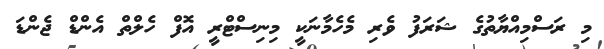
މި ރަސްމިއްޔާތުގެ ޝަރަފު ވެރި މެހެމާނަކީ މިނިސްޓްރީ އޮފް ހެލްތް އެންޑް ޖެންޑަ